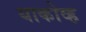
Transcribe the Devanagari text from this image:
याकोव्ह